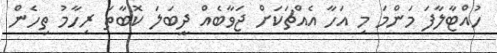
ހުއްޓާލާފަ މަންމަ މި އަހާ އެއްޗަކަށް ޖަވާބެއް ދީބަލަ ކޮބާތަ ރިހާމު ތިހެން